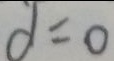
d = 0